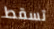
تسقط